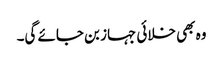
وہ بھی خلائی جہاز بن جائے گی۔